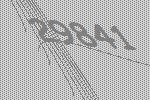
29841